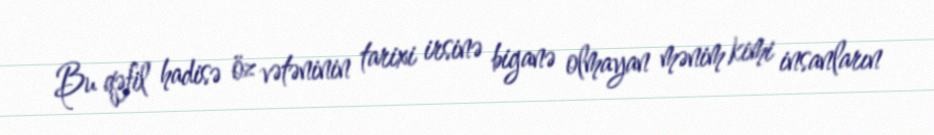
Bu qəfil hadisə öz vətəninin tarixi irsinə biganə olmayan mənim kimi insanların